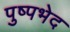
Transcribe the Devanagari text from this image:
पुष्पभेद